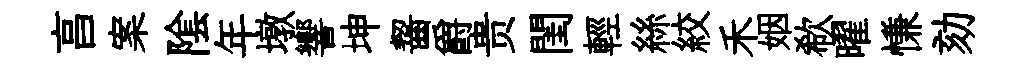
亯案隂年墩響坤齧爵贵閨輕絲絞禾姻欷曜慊劾